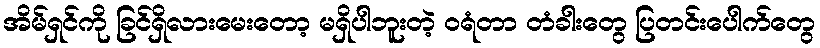
အိမ်ရှင်ကို ခြင်ရှိလားမေးတော့ မရှိပါဘူးတဲ့ ဝရံတာ တံခါးတွေ ပြတင်းပေါက်တွေ